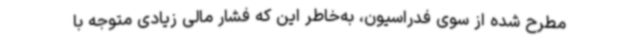
مطرح شده از سوی فدراسیون، به‌خاطر این که فشار مالی زیادی متوجه با